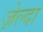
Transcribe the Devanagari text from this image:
ज़ेल्दा